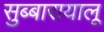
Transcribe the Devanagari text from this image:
सुब्बारायालू